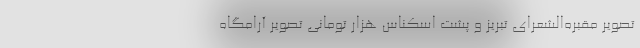
تصویر مقبره‌الشعرای تبریز و پشت اسکناس هزار تومانی تصویر آرامگاه